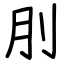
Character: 刖